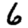
Digit: 6